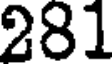
281